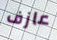
عازف